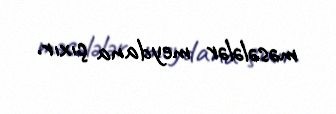
məsələlər meydana çıxır.